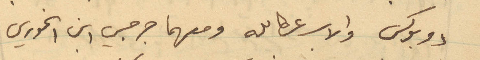
دوبوكس والأب عطالله ومعهما جرجي ابن الخوري